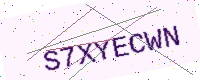
Text: S7XYECWN